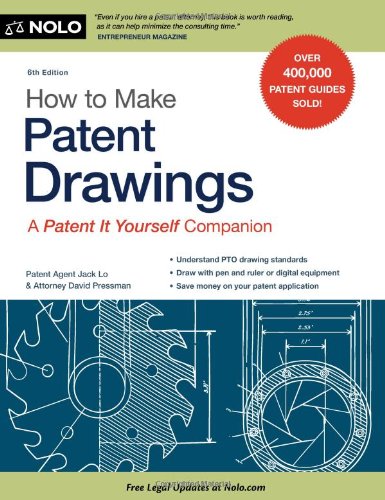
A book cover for How to Make Patent Drawings: A Patent It Yourself Companion; Jack Lo Patent Agent; Law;